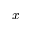
\bar { x }